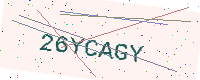
Text: 26YCAGY